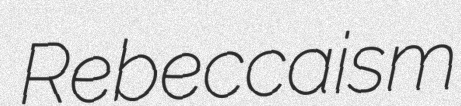
Rebeccaism